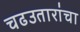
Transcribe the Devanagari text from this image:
चढउतारांचा